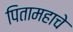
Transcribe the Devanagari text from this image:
पितामहाचे